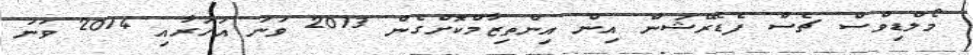
މޯލްޑިވްސް ޗެސް ފެޑެރޭޝަން އިން އިންތިޒާމްކޮށްގެން 2013 ވަނަ އަހަރާއި 2014 ވަނަ